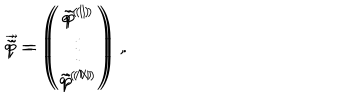
\vec { \tilde { q } } = \left( \begin{array} { c } { { \tilde { q } ^ { ( 1 ) } } } \\ { { \vdots } } \\ { { \tilde { q } ^ { ( N ) } } } \\ \end{array} \right) \, , \hspace { 1 c m } \vec { \tilde { p } } = \left( \begin{array} { c } { { \tilde { p } ^ { ( 1 ) } } } \\ { { \vdots } } \\ { { \tilde { p } ^ { ( N ) } } } \\ \end{array} \right) \, .